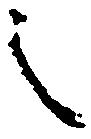
之